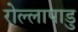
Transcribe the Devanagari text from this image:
रोल्लापाडु